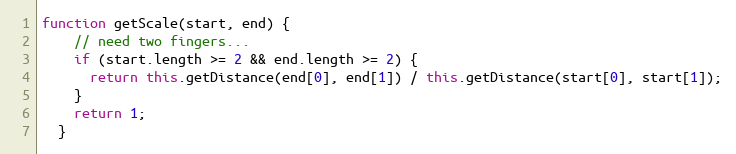
Language: JavaScript
function getScale(start, end) {
    // need two fingers...
    if (start.length >= 2 && end.length >= 2) {
      return this.getDistance(end[0], end[1]) / this.getDistance(start[0], start[1]);
    }
    return 1;
  }